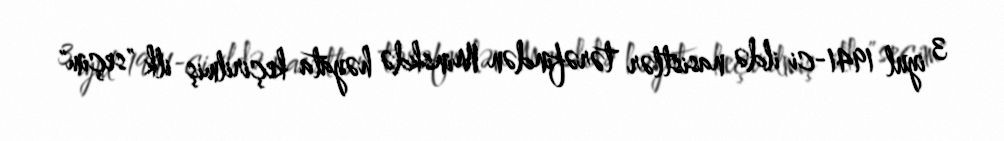
3 iyul 1941-ci ildə nasistlər tərəfindən Minskdə həyata keçirilmiş ilk "seçim"